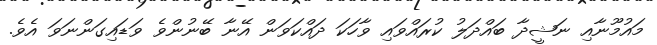
މައުމޫނާއި ނަޝީދާ ބައްދަލު ކުރައްވައި ވާހަކަ ދައްކަވަން އޭނާ ބޭނުންވެ ވަޑައިގަންނަވަ އެވެ.